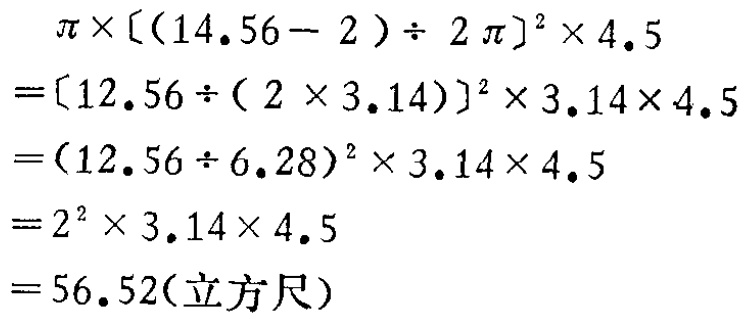
\[

\begin{align*}

&\pi\times[ (14.56 - 2)\div 2\pi]^2\times4.5\\

=&[12.56\div(2\times3.14)]^2\times3.14\times4.5\\

=&(12.56\div6.28)^2\times3.14\times4.5\\

=&2^2\times3.14\times4.5\\

=&56.52(\text{立方尺})

\end{align*}

\]